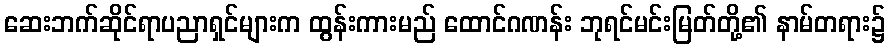
ဆေးဘက်ဆိုင်ရာပညာရှင်များက ထွန်းကားမည် ထောင်ဂဏန်း ဘုရင်မင်းမြတ်တို့၏ နာမ်တရား၌